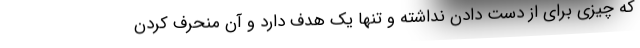
که چیزی برای از دست دادن نداشته و تنها یک هدف دارد و آن منحرف کردن